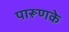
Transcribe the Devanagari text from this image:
पारूणके